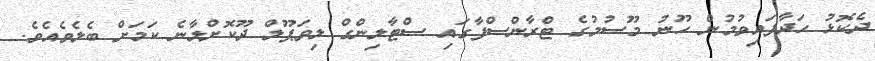
ދެކޮޅު ހަދާފައިވުމުން ހޫނު މޫސުމުގެ ޓްރާންސްފާގައި ސްޓާލިންގް ލިވަޕޫލް ދޫކޮށްލާނެ ކަމަށް ބެލެވެއެވެ.